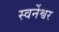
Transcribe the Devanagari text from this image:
स्वर्नेश्वर